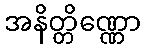
အနိတ္တိဏ္ဏော